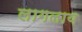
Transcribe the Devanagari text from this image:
लागलाय